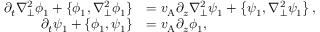
\begin{array} { r l } { \partial _ { t } \nabla _ { \perp } ^ { 2 } \phi _ { 1 } + \{ \phi _ { 1 } , \nabla _ { \perp } ^ { 2 } \phi _ { 1 } \} } & { = v _ { \mathrm { A } } \partial _ { z } \nabla _ { \perp } ^ { 2 } \psi _ { 1 } + \left\{ \psi _ { 1 } , \nabla _ { \perp } ^ { 2 } \psi _ { 1 } \right\} , } \\ { \partial _ { t } \psi _ { 1 } + \{ \phi _ { 1 } , \psi _ { 1 } \} } & { = v _ { \mathrm { A } } \partial _ { z } \phi _ { 1 } , } \end{array}